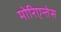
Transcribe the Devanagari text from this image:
मोरिएन्तेस